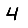
Digit: 4